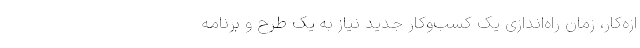
ازه‌کار، زمان راه‌اندازی یک کسب‌وکار جدید نیاز به یک طرح و برنامه